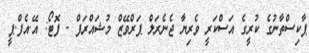
ޕާކިސްތާނުގެ ކުރީގެ އަސްކަރީ ވެރިޔާ ޖެނެރަލް ޕަރްވޭޒް މުޝައްރަފް - ފޮޓޯ: އޭ.އެފް.ޕީ